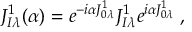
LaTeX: J _ { I \lambda } ^ { 1 } ( \alpha ) = e ^ { - i \alpha J _ { 0 \lambda } ^ { 1 } } J _ { I \lambda } ^ { 1 } e ^ { i \alpha J _ { 0 \lambda } ^ { 1 } } \; ,